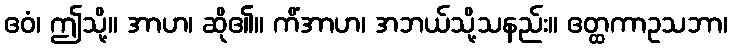
ဧဝံ၊ ဤသို့။ အာဟ၊ ဆို၏။ ကိံအာဟ၊ အဘယ်သို့သနည်း။ ဧတ္ထကာဥသဘာ၊